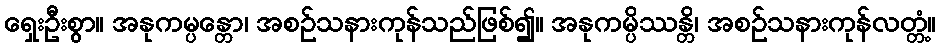
ရှေးဦးစွာ။ အနုကမ္ပန္တော၊ အစဉ်သနားကုန်သည်ဖြစ်၍။ အနုကမ္ပိဿန္တိ၊ အစဉ်သနားကုန်လတ္တံ့။